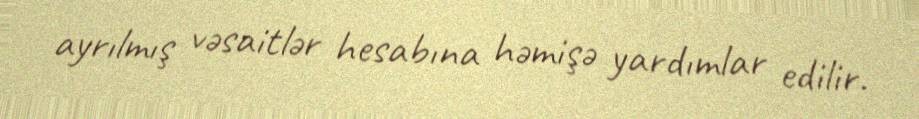
ayrılmış vəsaitlər hesabına həmişə yardımlar edilir.